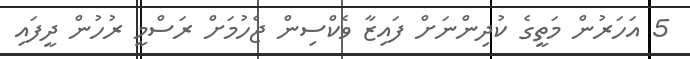
5 އަހަރުން މަތީގެ ކުދިންނަށް ފައިޒާ ވެކްސިން ޖެހުމަށް ރަސްމީ ރުހުން ދީފައި